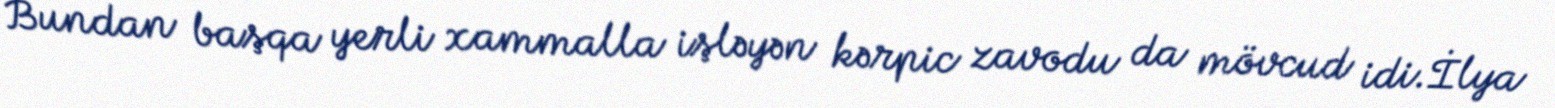
Bundan başqa yerli xammalla işləyən kərpic zavodu da mövcud idi.İlya